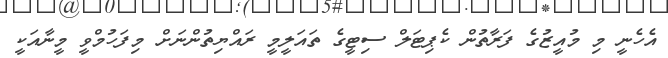
އެހެނީ މި މުއީޒުގެ ފަރާތުން ކެޕިޓަލް ސިޓީގެ ތައަލީމީ ރައްޔިތުންނަށް މިފަހުމްވީ މީނާއަކީ